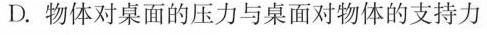
D.物体对桌面的压力与桌面对物体的支持力